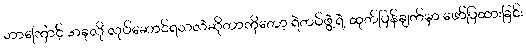
ဘာကြောင့် အခုလို လုပ်ဆောင်ရသလဲဆိုတာကိုတော့ ရဲတပ်ဖွဲ့ရဲ့ ထုတ်ပြန်ချက်မှာ ဖော်ပြထားခြင်း